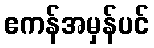
ဧကန်အမှန်ပင်